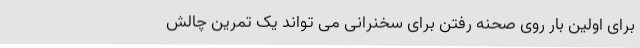
برای اولین بار روی صحنه رفتن برای سخنرانی می تواند یک تمرین چالش